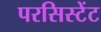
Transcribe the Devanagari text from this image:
परसिस्टेंट